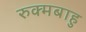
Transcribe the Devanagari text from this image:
रुक्मबाहु